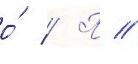
о́ // П //